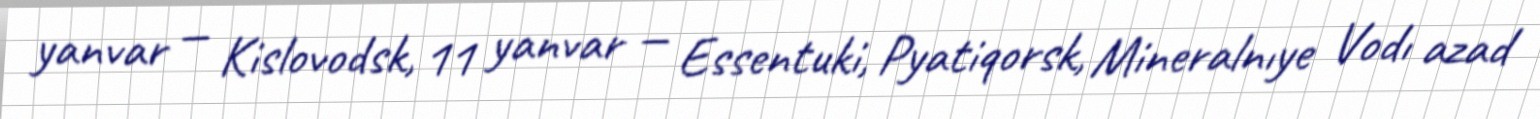
yanvar — Kislovodsk, 11 yanvar — Essentuki, Pyatiqorsk, Mineralnıye Vodı azad